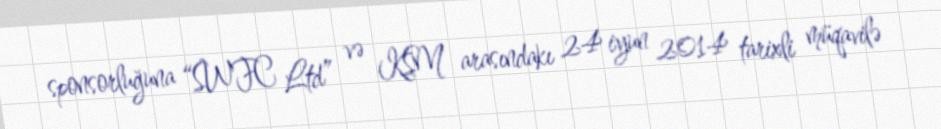
sponsorluğuna “SWFC Ltd” və KSM arasındakı 24 iyun 2014 tarixli müqavilə